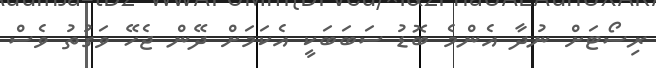
ރިސޯޓަށް ނުދާ އެންމެ ބޮޑު ސަބަބަކީ އެކަމަށް ދޭން ޖެހޭ ވަގުތު ވެސް